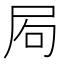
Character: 𡱈